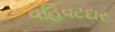
વહિવટદાર